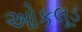
ઓકલૂડ